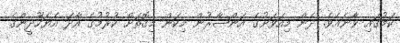
ކަމުގައި ވާނެއެވެ. ދެން މިއަވަށުގެ އަންޞާރުން މިކަން މިގޮތަށް ކުރުމުގެ އާދަ އެޔަހޫދީންގެ